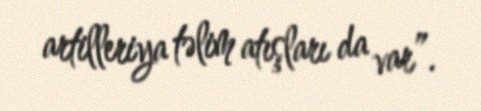
artilleriya təlim atışları da var”.